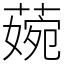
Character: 𦹅